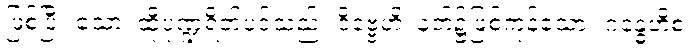
ဖြစ်ပြီ။ သော၊ ထိုပုဏ္ဍရိတ်ပင်သည်။ ဒိဗ္ဗေဟိ၊ နတ်၌ဖြစ်ကုန်သော။ ဂန္ဓေဟိစ၊